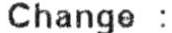
CHANGE :